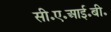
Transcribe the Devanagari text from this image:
सी॰ए॰आई॰बी॰